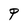
Character: P